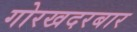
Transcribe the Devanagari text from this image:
गोरखदरबार